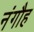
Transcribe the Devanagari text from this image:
नंगौह